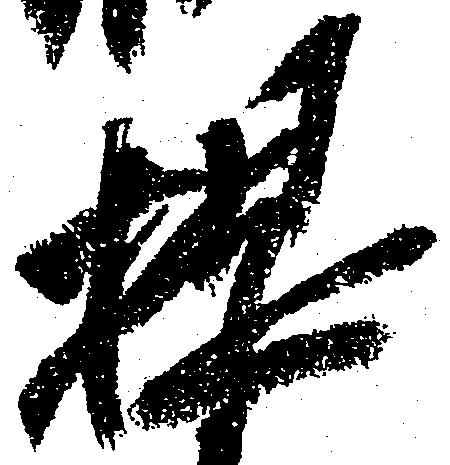
提